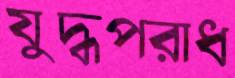
যুদ্ধপরাধ